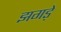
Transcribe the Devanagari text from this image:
झगड़ें